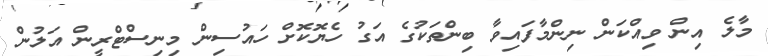
މާލެ އިން ވިއްކަން ނިންމާފައިވާ ބިންތަކުގެ އަގު ހެޔޮކޮށް ހައުސިން މިނިސްޓްރީން އަލުން